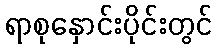
ရာစုနှောင်းပိုင်းတွင်